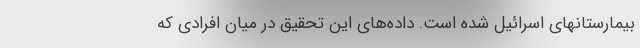
بیمارستانهای اسرائیل شده است. داده‌های این تحقیق در میان افرادی که